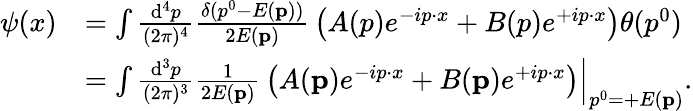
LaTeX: {\begin{array}{rl}{\psi(x)}&{=\int{\frac{\mathrm{d}^{4}p}{(2\pi)^{4}}}{\frac{\delta(p^{0}-E(\mathbf{p}))}{2E(\mathbf{p})}}\left(A(p)e^{-ip\cdot x}+B(p)e^{+ip\cdot x}\right)\theta(p^{0})}\\ &{=\int\left.{\frac{\mathrm{d}^{3}p}{(2\pi)^{3}}}{\frac{1}{2E(\mathbf{p})}}\left(A(\mathbf{p})e^{-ip\cdot x}+B(\mathbf{p})e^{+ip\cdot x}\right)\right|_{p^{0}=+E(\mathbf{p})}.}\end{array}}